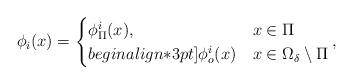
LaTeX: \begin{align*}\phi_i(x)=\begin{cases}\phi_\Pi^i(x), & x\in \Pi\\begin{align*}3pt]\phi_o^i(x) & x\in \Omega_\delta\setminus \Pi\end{cases},\end{align*}